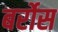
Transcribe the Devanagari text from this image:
बर्रोस